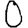
Digit: 0